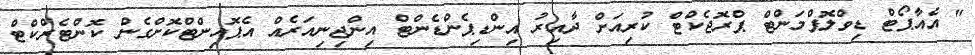
" އެއާޕޯޓް ޑިވްލޮޕްމަންޓް ޕްރޮޖެކްޓް ކުރިއަށް ދާއިރު އިންޑިޕެންޑެންޓް އިންޖިނިއަރެއް އެޕޮއިންޓްކޮށްގެން ކޮންޓެރްކްޓް